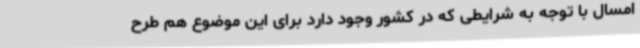
امسال با توجه به شرایطی که در کشور وجود دارد برای این موضوع هم طرح